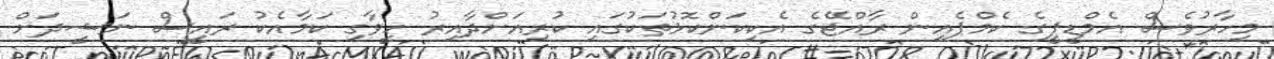
މިހާރުވެސް އެމްޑީޕީގެ ކެމްޕެއިން ރާއްޖޭގެ އެކިކަންކޮޅުތަކުގައި ކުރިއަށްދާއިރު ހީވާގި ކަމާއެކު ރައީސް ނަޝީދަށް